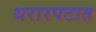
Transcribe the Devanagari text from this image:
थरारपटात